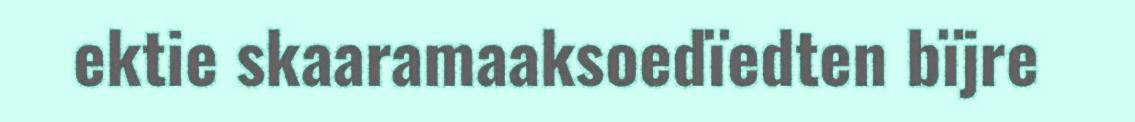
ektie skaaramaaksoedïedten bïjre